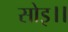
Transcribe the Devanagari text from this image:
सोइ।।